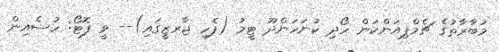
މުބާރާތުގެ ޗެމްޕިއަންކަން ހޯދި ކުނަހަންދޫ ޓީމު (ފެހި ޖާރޒީގައި)-- ވީ ފޮޓޯ: ހުސެއިން